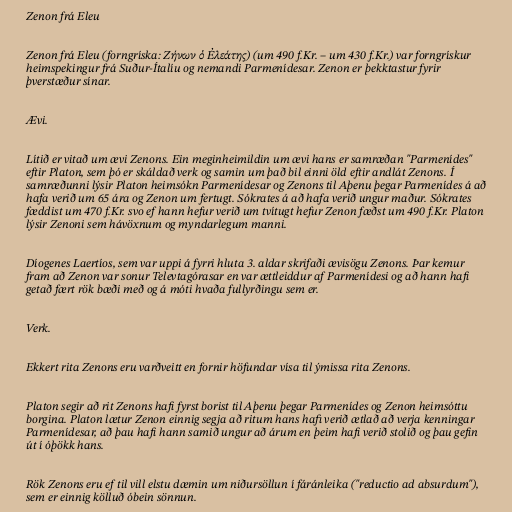
Zenon frá Eleu

Zenon frá Eleu (forngríska: Ζήνων ὁ Ἐλεάτης) (um 490 f.Kr. – um 430 f.Kr.) var forngrískur
heimspekingur frá Suður-Ítalíu og nemandi Parmenídesar. Zenon er þekktastur fyrir
þverstæður sínar.

Ævi.

Lítið er vitað um ævi Zenons. Ein meginheimildin um ævi hans er samræðan "Parmenídes"
eftir Platon, sem þó er skáldað verk og samin um það bil einni öld eftir andlát Zenons. Í
samræðunni lýsir Platon heimsókn Parmenídesar og Zenons til Aþenu þegar Parmenídes á að
hafa verið um 65 ára og Zenon um fertugt. Sókrates á að hafa verið ungur maður. Sókrates
fæddist um 470 f.Kr. svo ef hann hefur verið um tvítugt hefur Zenon fæðst um 490 f.Kr. Platon
lýsir Zenoni sem hávöxnum og myndarlegum manni.

Díogenes Laertíos, sem var uppi á fyrri hluta 3. aldar skrifaði ævisögu Zenons. Þar kemur
fram að Zenon var sonur Televtagórasar en var ættleiddur af Parmenídesi og að hann hafi
getað fært rök bæði með og á móti hvaða fullyrðingu sem er.

Verk.

Ekkert rita Zenons eru varðveitt en fornir höfundar vísa til ýmissa rita Zenons.

Platon segir að rit Zenons hafi fyrst borist til Aþenu þegar Parmenídes og Zenon heimsóttu
borgina. Platon lætur Zenon einnig segja að ritum hans hafi verið ætlað að verja kenningar
Parmenídesar, að þau hafi hann samið ungur að árum en þeim hafi verið stolið og þau gefin
út í óþökk hans.

Rök Zenons eru ef til vill elstu dæmin um niðursöllun í fáránleika ("reductio ad absurdum"),
sem er einnig kölluð óbein sönnun.